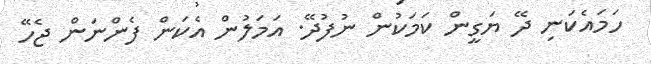
ހަމައެކަނި ދޭ ޔަގީން ކަމަކުން ނުފުދޭ. އަމަލުން އެކަން ފެންނަން ޖެހޭ